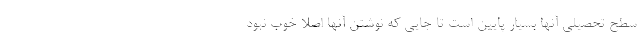
سطح تحصیلی آنها بسیار پایین است تا جایی که نوشتن آنها اصلا خوب نبود